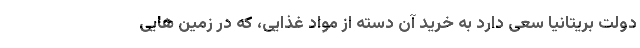
دولت بریتانیا سعی دارد به خرید آن دسته از مواد غذایی، که در زمین هایی